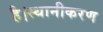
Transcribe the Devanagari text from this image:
है।स्थानीकरण